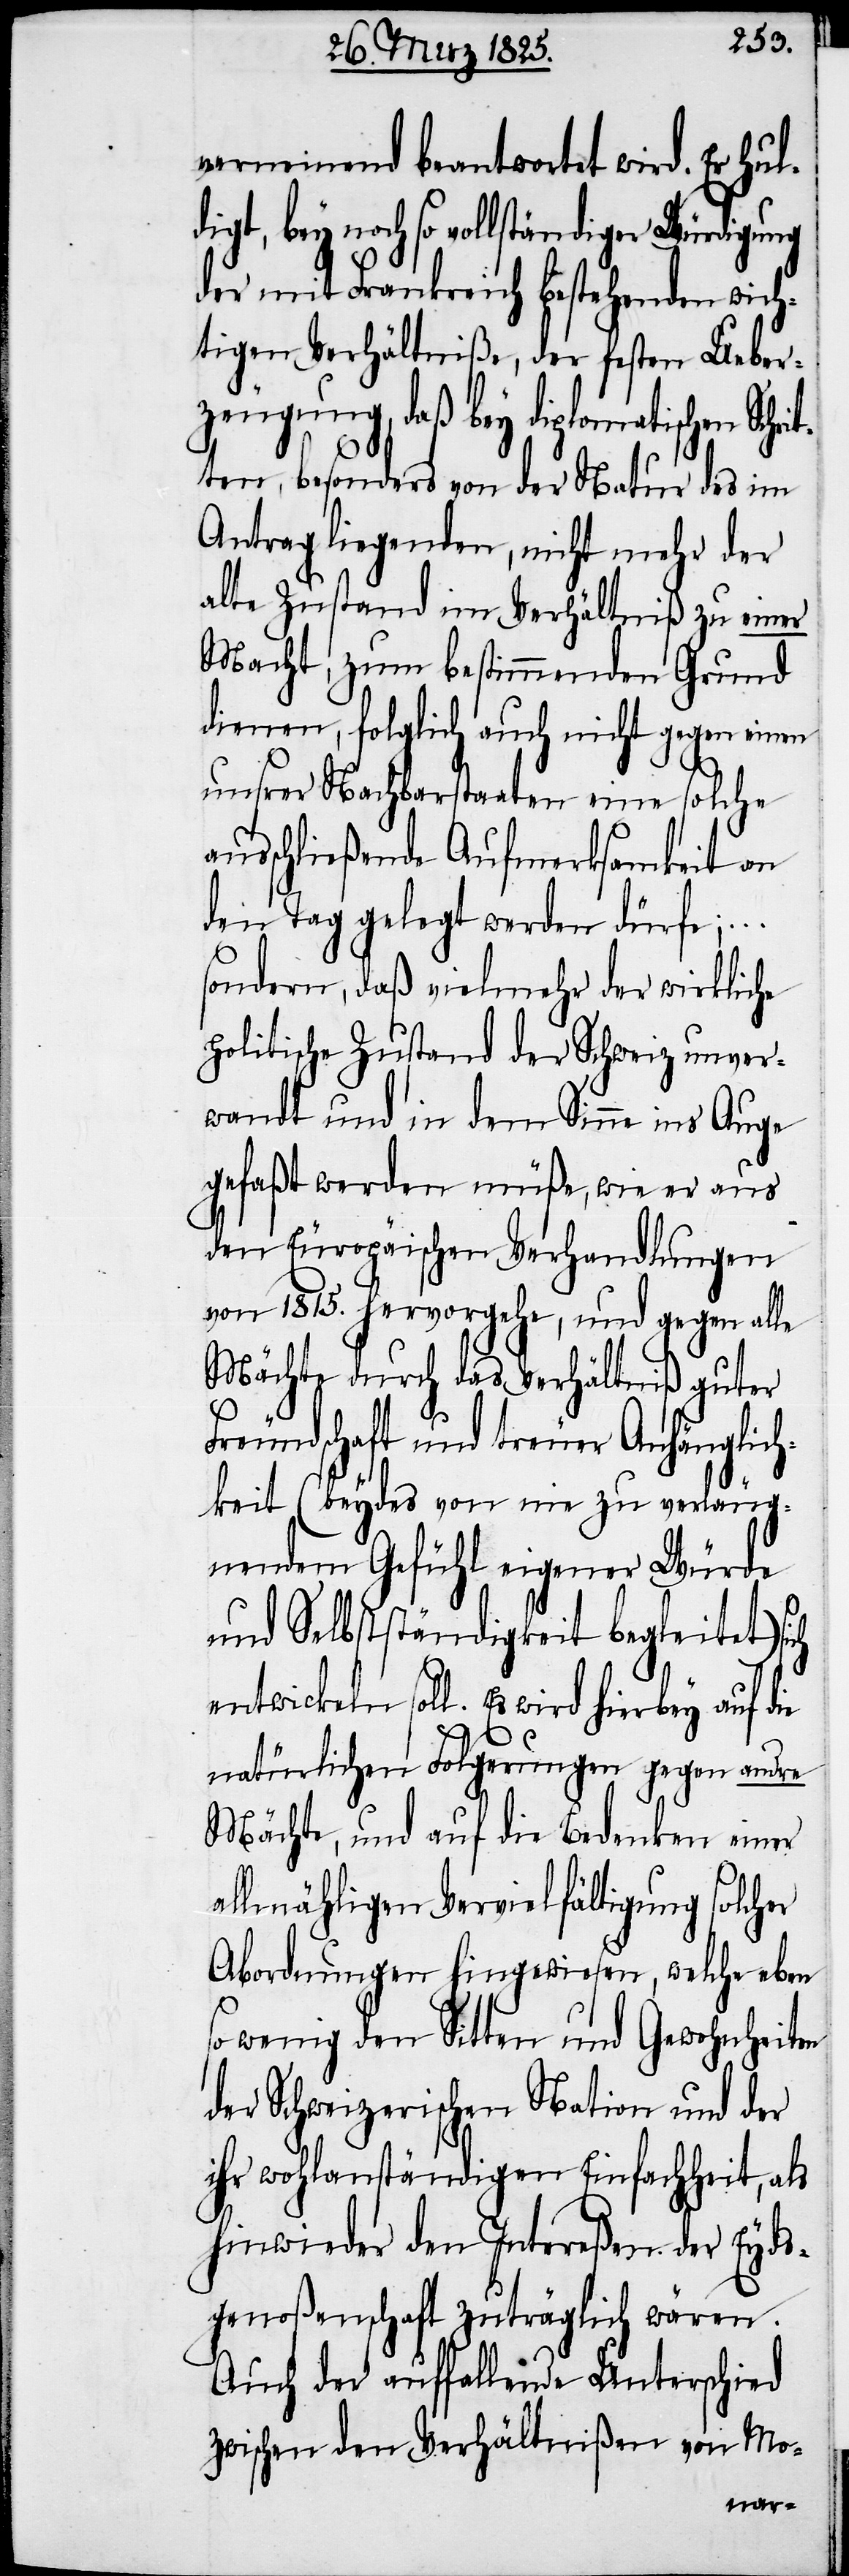
verneinend beantwortet wird. Er hul¬
digt, bey noch so vollständiger Würdigung
der mit Frankreich bestehenden wich¬
tigen Verhältniße, der festen Ueber¬
zeugung, daß bey diplomatischen Sch¬
ten, besonders von der Natur des im
Antrag liegenden, nicht mehr der
alte Zustand im Verhältniß zu einer
Macht, zum bestimmenden Grund
dienen, folglich auch nicht gegen einen
unsrer Nachbarstaaten eine solche
ausschließende Aufmerksamkeit an
den Tag gelegt werden dürfe;
sondern, daß vielmehr der wirkliche
politische Zustand der Schweiz unver¬
wandt und in dem Sinne ins Auge
gefaßt werden müße, wie er aus
den Europäischen Verhandlungen
von 1815. hervorgehe, und gegen alle
Mächte durch das Verhältniß guter
Freundschaft und treuer Anhänglich¬
keit (beydes von nie zu verläug¬
nendem Gefühl eigener Würde
und Selbstständigkeit begleitet) sich
entwickeln soll. Es wird hierbey auf
natürlichen Folgerungen gegen andre
Mächte, und auf die Bedenken einer
allmählichen Vervielfältigung solcher
Abordnungen hingewiesen, welche eben
so wenig den Sitten und Gewohnheiten
der Schweizerischen Nation und der
ihr wohlanständigen Einfachheit, als
hinwieder den Intereßen der Eyds¬
genoßenschaft zuträglich wären.
Auch der auffallende Unterschied
zwischen den Verhältnißen von Mo-
rit¬